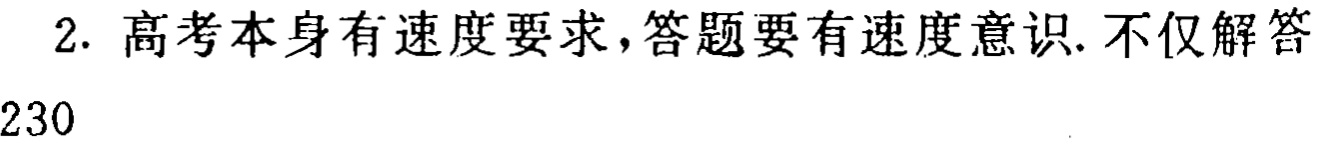
2. 高考本身有速度要求，答题要有速度意识. 不仅解答
230